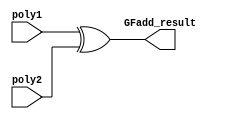
// aes GF_Adder module
// 
// inputs
//  poly1 : polynomial 1 to be used in the operation
//  poly2 : polynomial 2 to be used in the operation
// outputs
//  GFadd_result : result of calculation
// take 2 polynomial and calculate GF(2^8) add and output the result
module GF_adder(
    input wire [7 : 0] poly1,
    input wire [7 : 0] poly2,

    output wire [7 : 0] GFadd_result
);

    assign GFadd_result = poly1 ^ poly2;
endmodule